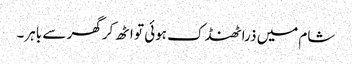
شام میں ذرا ٹھنڈک ہوئی تو اٹھ کر گھر سے باہر۔